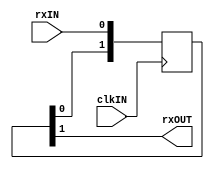
module UartRxSync (
	input wire clkIN,
	input wire rxIN,
	output wire rxOUT
);

reg [1:0] sync;
assign rxOUT = sync[1];

always @ (posedge clkIN)
	sync <= { sync[0], rxIN };

endmodule